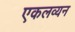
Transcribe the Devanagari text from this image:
एकलव्यन